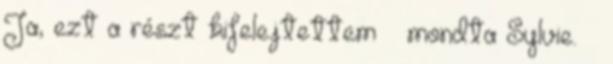
Ja, ezt a részt kifelejtettem – mondta Sylvie. –